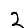
Digit: 2